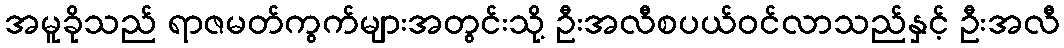
အမူခိုသည် ရာဇမတ်ကွက်များအတွင်းသို့ ဦးအလီစပယ်ဝင်လာသည်နှင့် ဦးအလီ